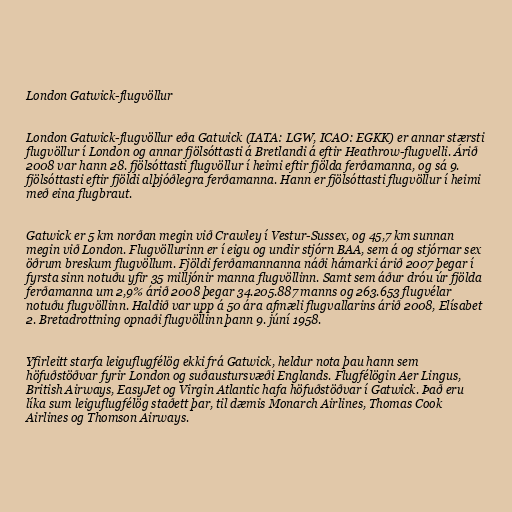
London Gatwick-flugvöllur

London Gatwick-flugvöllur eða Gatwick (IATA: LGW, ICAO: EGKK) er annar stærsti
flugvöllur í London og annar fjölsóttasti á Bretlandi á eftir Heathrow-flugvelli. Árið
2008 var hann 28. fjölsóttasti flugvöllur í heimi eftir fjölda ferðamanna, og sá 9.
fjölsóttasti eftir fjöldi alþjóðlegra ferðamanna. Hann er fjölsóttasti flugvöllur í heimi
með eina flugbraut.

Gatwick er 5 km norðan megin við Crawley í Vestur-Sussex, og 45,7 km sunnan
megin við London. Flugvöllurinn er í eigu og undir stjórn BAA, sem á og stjórnar sex
öðrum breskum flugvöllum. Fjöldi ferðamannanna náði hámarki árið 2007 þegar í
fyrsta sinn notuðu yfir 35 milljónir manna flugvöllinn. Samt sem áður dróu úr fjölda
ferðamanna um 2,9% árið 2008 þegar 34.205.887 manns og 263.653 flugvélar
notuðu flugvöllinn. Haldið var upp á 50 ára afmæli flugvallarins árið 2008, Elísabet
2. Bretadrottning opnaði flugvöllinn þann 9. júní 1958.

Yfirleitt starfa leiguflugfélög ekki frá Gatwick, heldur nota þau hann sem
höfuðstöðvar fyrir London og suðaustursvæði Englands. Flugfélögin Aer Lingus,
British Airways, EasyJet og Virgin Atlantic hafa höfuðstöðvar í Gatwick. Það eru
líka sum leiguflugfélög staðett þar, til dæmis Monarch Airlines, Thomas Cook
Airlines og Thomson Airways.